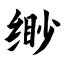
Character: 缈